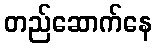
တည်ဆောက်နေ